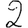
Digit: 2